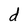
Character: d